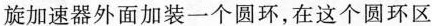
旋加速器外面加装一个圆环，在这个圆环区